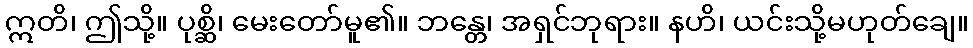
ဣတိ၊ ဤသို့။ ပုစ္ဆိ၊ မေးတော်မူ၏။ ဘန္တေ၊ အရှင်ဘုရား။ နဟိ၊ ယင်းသို့မဟုတ်ချေ။